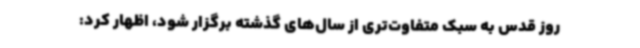
روز قدس به سبک متفاوت‌تری از سال‌های گذشته برگزار شود، اظهار کرد: